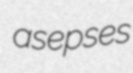
asepses